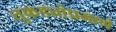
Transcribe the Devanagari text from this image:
तुकड्यांप्रमाणे